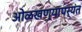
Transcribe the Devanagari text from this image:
ओळखण्यापर्यंत